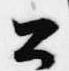
公